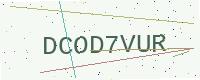
Text: DCOD7VUR